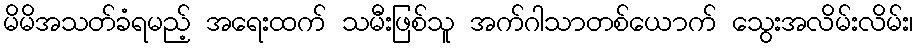
မိမိအသတ်ခံရမည့် အရေးထက် သမီးဖြစ်သူ အက်ဂါသာတစ်ယောက် သွေးအလိမ်းလိမ်း၊